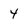
Character: 4